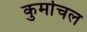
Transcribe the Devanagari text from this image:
कुर्माचल